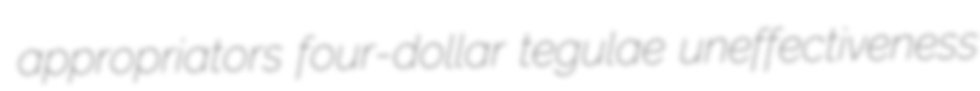
appropriators four-dollar tegulae uneffectiveness